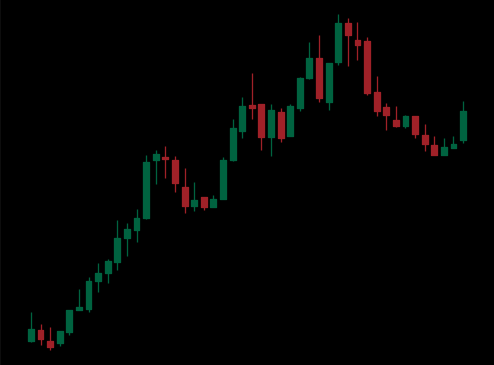
Pattern: bear_flag